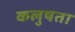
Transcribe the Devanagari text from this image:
कलुषता